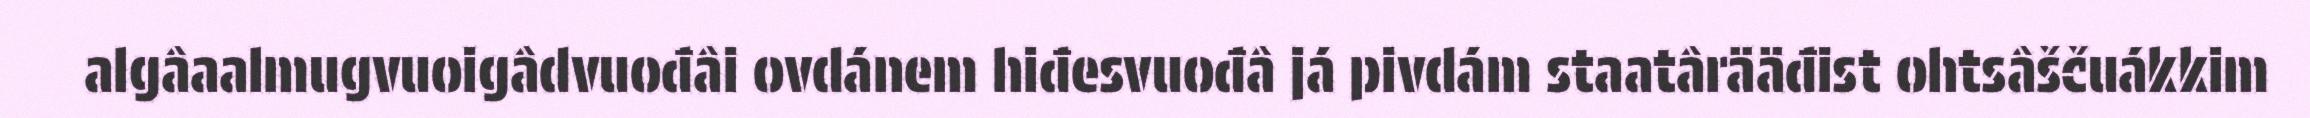
algâaalmugvuoigâdvuođâi ovdánem hiđesvuođâ já pivdám staatârääđist ohtsâščuákkim